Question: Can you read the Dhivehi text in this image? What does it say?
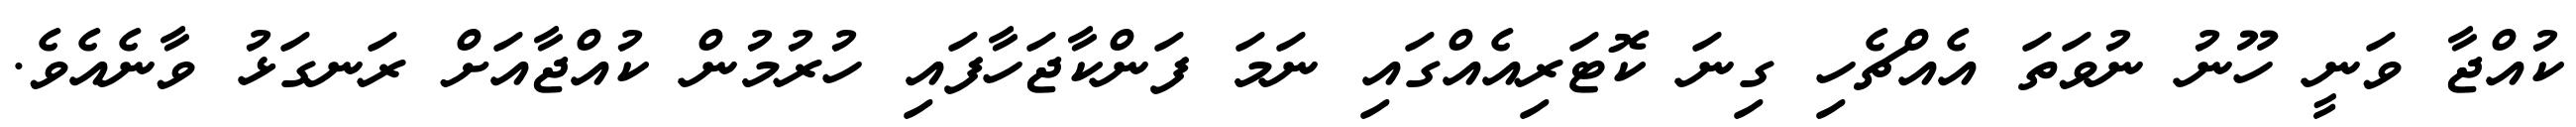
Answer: ކުއްޖާ ވަނީ ހޫނު ނުވަތަ އެއްޗެހި ގިނަ ކޮޓަރިއެއްގައި ނަމަ ފަންކާޖަހާފައި ހުރުމުން ކުއްޖާއަށް ރަނގަޅު ވާނެއެވެ.